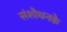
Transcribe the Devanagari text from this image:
संशोधनके